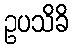
ဥပသိခိ